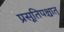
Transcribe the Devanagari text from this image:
प्रसूतिपश्चात्